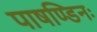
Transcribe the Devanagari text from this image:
पाषण्डिनः